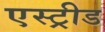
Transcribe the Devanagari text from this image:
एस्ट्रीड